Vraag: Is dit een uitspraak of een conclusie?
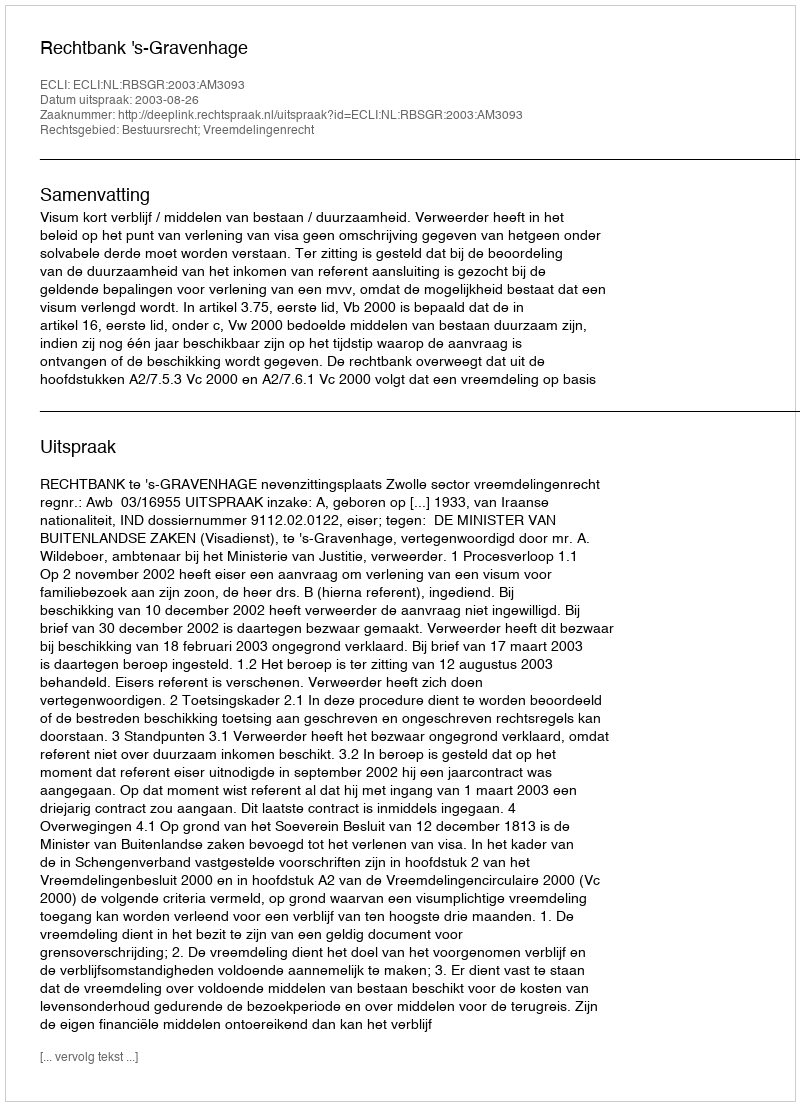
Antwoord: Uitspraak